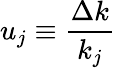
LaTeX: u_{j}\equiv\frac{\Delta k}{k_{j}}